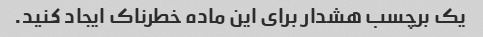
یک برچسب هشدار برای این ماده خطرناک ایجاد کنید.